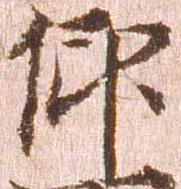
仰